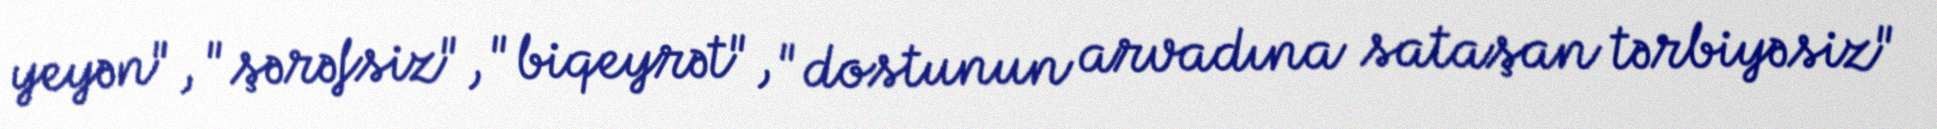
yeyən", "şərəfsiz", "biqeyrət", "dostunun arvadına sataşan tərbiyəsiz"